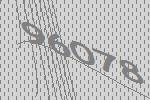
96078